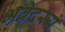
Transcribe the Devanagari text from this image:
भवेदस्यं